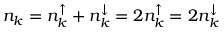
n _ { k } = n _ { k } ^ { \uparrow } + n _ { k } ^ { \downarrow } = 2 n _ { k } ^ { \uparrow } = 2 n _ { k } ^ { \downarrow }